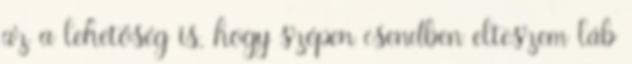
az a lehetőség is, hogy szépen csendben elteszem láb